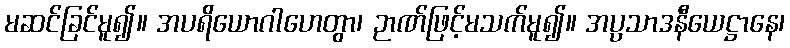
မဆင်ခြင်မူ၍။ အပရိယောဂါဟေတွာ၊ ဉာဏ်ဖြင့်မသက်မူ၍။ အပ္ပသာဒနီယေဋ္ဌာနေ၊